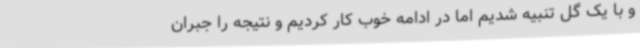
و با یک گل تنبیه شدیم اما در ادامه خوب کار کردیم و نتیجه را جبران